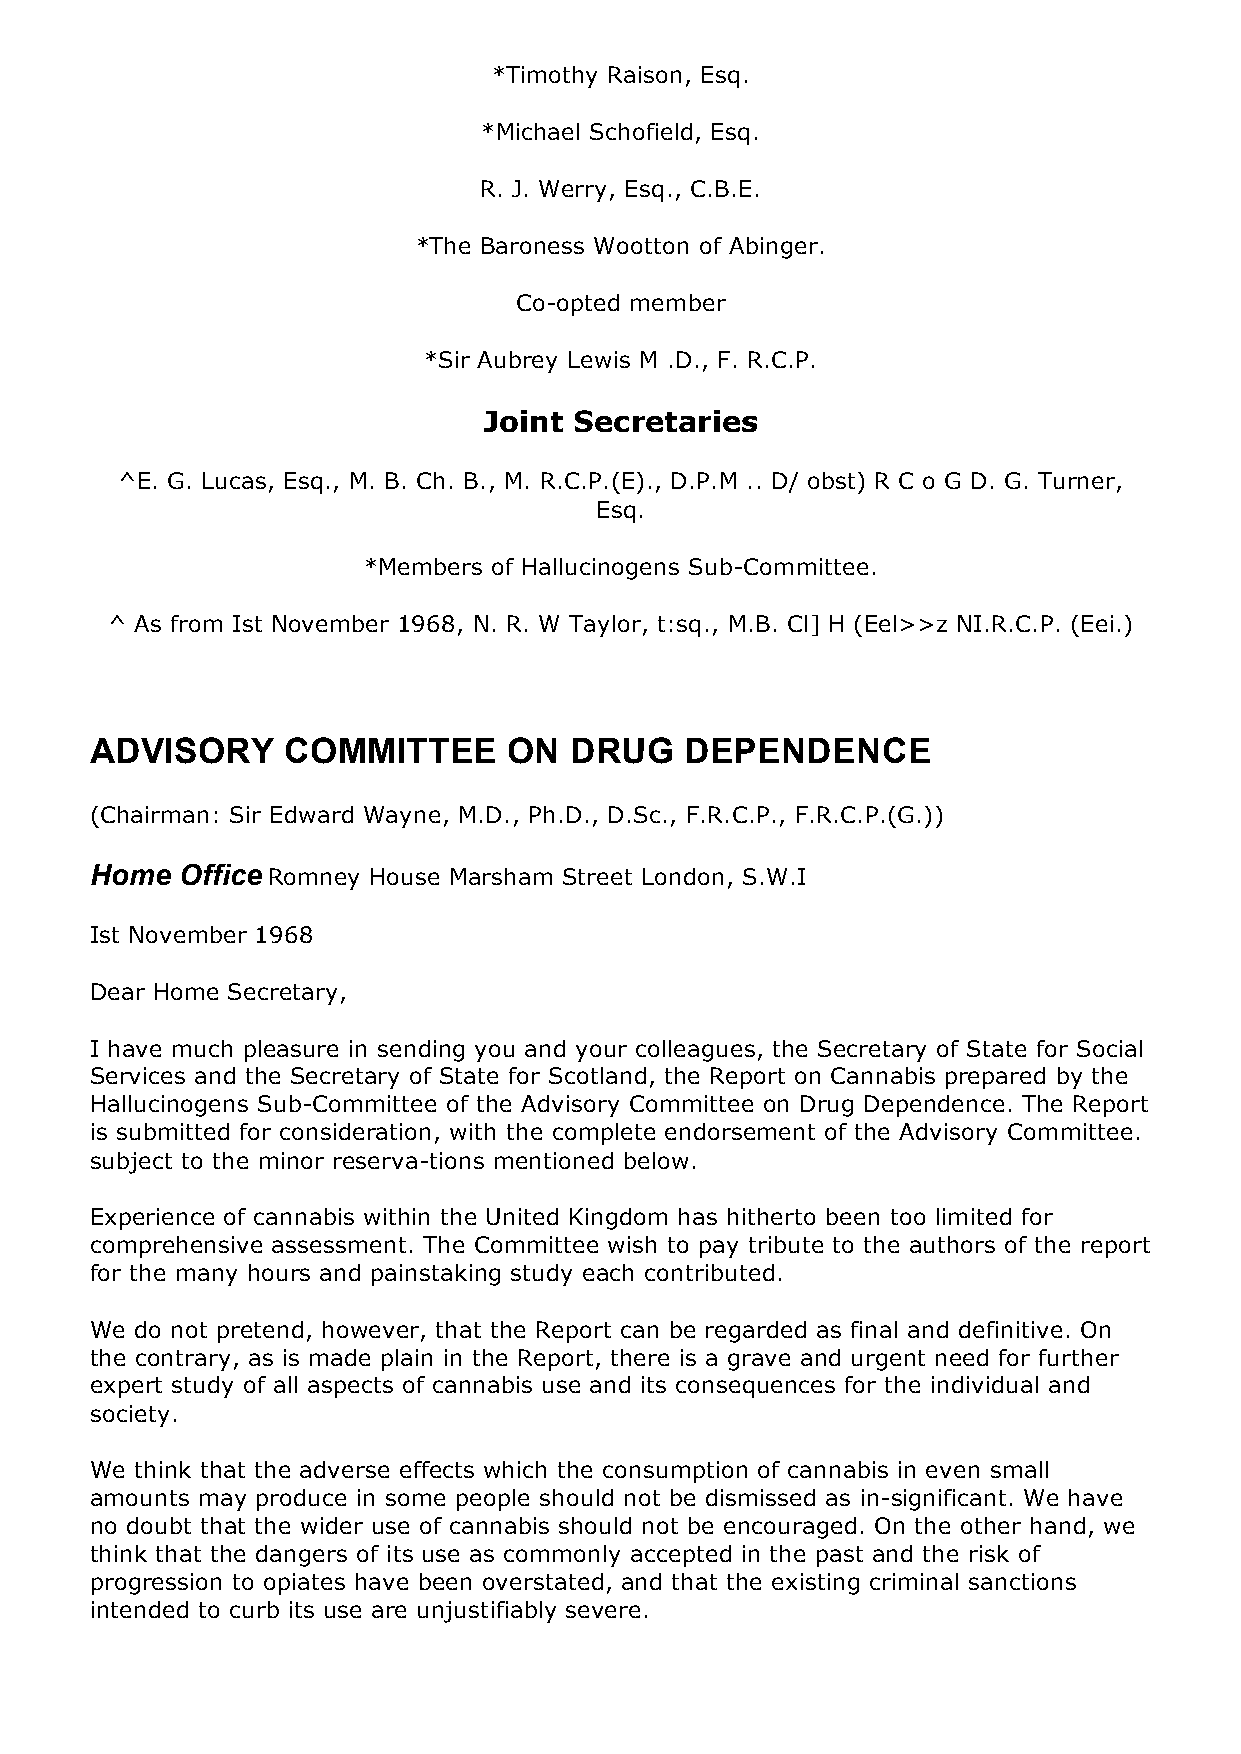
*Timothy Raison, Esq.
 *Michael Schofield, Esq.
 R. J. Werry, Esq., C.B.E.
 *The Baroness Wootton of Abinger.
 Co-opted member
 *Sir Aubrey Lewis M .D., F. R.C.P.
 Joint Secretaries
 ^E. G. Lucas, Esq., M. B. Ch. B., M. R.C.P.(E)., D.P.M .. D/ obst) R C o G D. G. Turner,
 Esq.
 *Members of Hallucinogens Sub-Committee.
 ^ As from Ist November 1968, N. R. W Taylor, t:sq., M.B. Cl] H (Eel>>z NI.R.C.P. (Eei.)
 ADVISORY     COMMITTEE      ON  DRUG   DEPENDENCE
 (Chairman: Sir Edward Wayne, M.D., Ph.D., D.Sc., F.R.C.P., F.R.C.P.(G.))
 Home  Office Romney House Marsham Street London, S.W.I
 Ist November 1968
 Dear Home Secretary,
 I have much pleasure in sending you and your colleagues, the Secretary of State for Social
 Services and the Secretary of State for Scotland, the Report on Cannabis prepared by the
 Hallucinogens Sub-Committee of the Advisory Committee on Drug Dependence. The Report
 is submitted for consideration, with the complete endorsement of the Advisory Committee.
 subject to the minor reserva-tions mentioned below.
 Experience of cannabis within the United Kingdom has hitherto been too limited for
 comprehensive assessment. The Committee wish to pay tribute to the authors of the report
 for the many hours and painstaking study each contributed.
 We do not pretend, however, that the Report can be regarded as final and definitive. On
 the contrary, as is made plain in the Report, there is a grave and urgent need for further
 expert study of all aspects of cannabis use and its consequences for the individual and
 society.
 We think that the adverse effects which the consumption of cannabis in even small
 amounts may produce in some people should not be dismissed as in-significant. We have
 no doubt that the wider use of cannabis should not be encouraged. On the other hand, we
 think that the dangers of its use as commonly accepted in the past and the risk of
 progression to opiates have been overstated, and that the existing criminal sanctions
 intended to curb its use are unjustifiably severe.